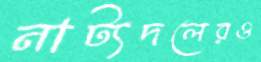
নাট্যদলেরও